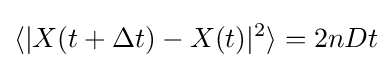
\langle |X(t+\Delta t)-X(t)|^{2}\rangle =2nDt